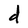
Character: d